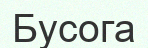
Бусога